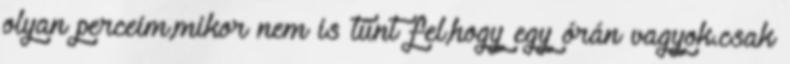
olyan perceim,mikor nem is tűnt fel,hogy egy órán vagyok.csak